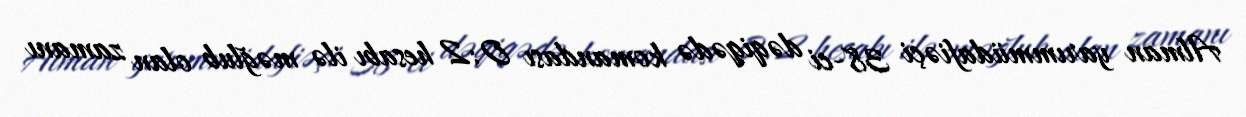
Alman yarımmüdafiəçi 38-ci dəqiqədə komandası 0:2 hesabı ilə məğlub olan zamanı